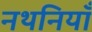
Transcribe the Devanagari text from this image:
नथनियाँ